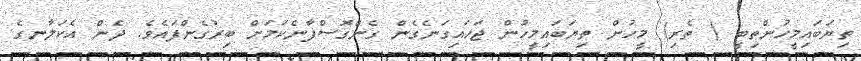
ތިޔަބައިމީހުންތިބީ ( ތެރި) މީހުން ތިޔަބައިމީހުން ޖަހައިގަނެގެން ގެންގޮސްފާނެކަމަށް ބިރުގެންފައެވެ. ދެން އެކަލާނގެ